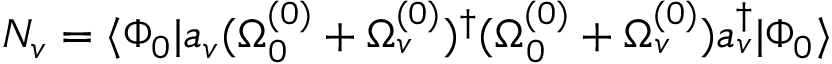
N _ { v } = \langle \Phi _ { 0 } | a _ { v } ( \Omega _ { 0 } ^ { ( 0 ) } + \Omega _ { v } ^ { ( 0 ) } ) ^ { \dagger } ( \Omega _ { 0 } ^ { ( 0 ) } + \Omega _ { v } ^ { ( 0 ) } ) a _ { v } ^ { \dagger } | \Phi _ { 0 } \rangle